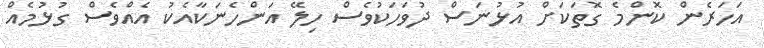
އަހަރެން ކޮންމެ ގޮތަކަށް އުޅުނަސް ދުވަހަކުވެސް ހިލޭ އަންހެނަކާއެކު އެއްވެސް ގުޅުމެއް